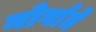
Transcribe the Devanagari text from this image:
मोर्गाते